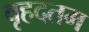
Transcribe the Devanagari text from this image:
वृहदतम